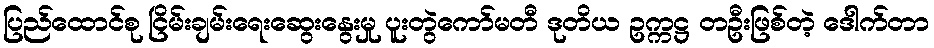
ပြည်ထောင်စု ငြိမ်းချမ်းရေးဆွေးနွေးမှု ပူးတွဲကော်မတီ ဒုတိယ ဥက္ကဋ္ဌ တဦးဖြစ်တဲ့ ဒေါက်တာ